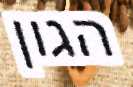
הגון